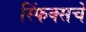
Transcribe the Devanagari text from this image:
स्फिंक्सचे